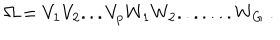
\Omega = V _ { 1 } V _ { 2 } . . . V _ { p } W _ { 1 } W _ { 2 } . . . . . . . W _ { G } ~ .